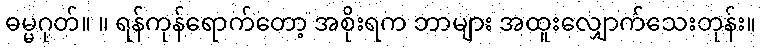
ဓမ္မဂုတ်။ ။ ရန်ကုန်ရောက်တော့ အစိုးရက ဘာများ အထူးလျှောက်သေးတုန်း။